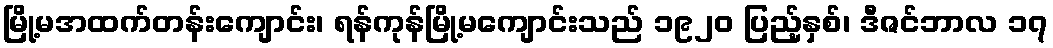
မြို့မအထက်တန်းကျောင်း၊ ရန်ကုန်မြို့မကျောင်းသည် ၁၉၂၀ ပြည့်နှစ်၊ ဒီဇင်ဘာလ ၁၇